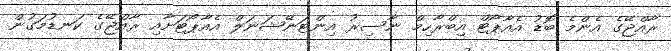
ރާއްޖޭގެ އެންމެ ބޮޑު އެއާޕޯޓް އިބްރާހިމް ނާސިރު އިންޓަނޭޝަނަލް އެއާޕޯޓަށާއި ރާއްޖޭގެ ކަނޑުމަގުން